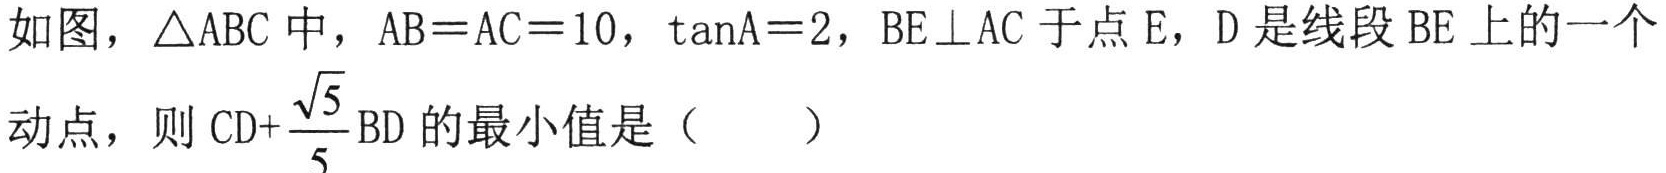
如图，\(\triangle ABC\) 中，\(AB = AC = 10\)，\(\tan A=2\)，\(BE\perp AC\) 于点 \(E\)，\(D\) 是线段 \(BE\) 上的一个
动点，则 \(CD + \frac{\sqrt{5}}{5}BD\) 的最小值是（  ）